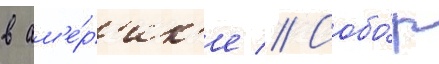
в ам'е́р'ик'е // Собо́р